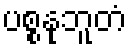
ပစ္စနုဘူတံ